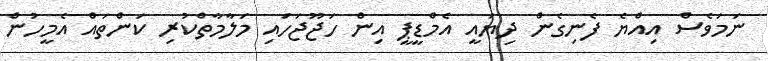
ނަމަވެސް އިއްޔެ ފެނިގެން ދިޔައީ އެމްޑީޕީ އިން ހަޖޫޖަހައި މަލާމާތްކުރި ކަންތައް އެމީހުން